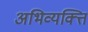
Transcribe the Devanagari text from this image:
अभिव्यक्त्ति